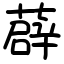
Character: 薜